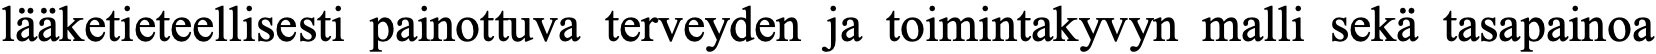
lääketieteellisesti painottuva terveyden ja toimintakyvyn malli sekä tasapainoa